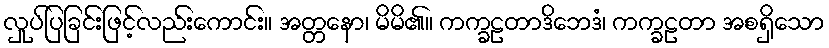
လှုပ်ပြခြင်းဖြင့်လည်းကောင်း။ အတ္တနော၊ မိမိ၏။ ကက္ခဠတာဒိဘေဒံ၊ ကက္ခဠတာ အစရှိသော